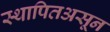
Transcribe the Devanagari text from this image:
स्थापितअसून